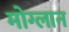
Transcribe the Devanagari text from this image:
मोग्लान